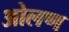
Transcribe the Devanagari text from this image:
ओलण